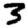
Digit: 3